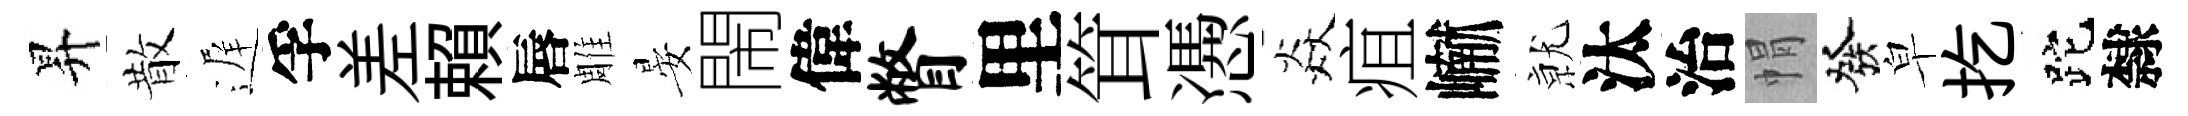
昇散遅孚差賴唇雕晏閙偉瞥里䇯慿焱疽𪩘𭕒汰治㡌發皁扢跎隸